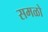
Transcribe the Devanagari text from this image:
समळो